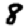
Digit: 8